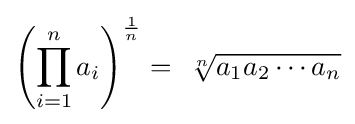
\left(\prod _{i=1}^{n}a_{i}\right)^{\frac {1}{n}}=\ {\sqrt[{n}]{a_{1}a_{2}\cdots a_{n}}}